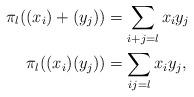
LaTeX: \begin{align*}\pi_l((x_i) + (y_j)) &= \sum_{i+j=l} x_i y_j \\\pi_l((x_i)(y_j)) &= \sum_{ij=l} x_i y_j,\end{align*}